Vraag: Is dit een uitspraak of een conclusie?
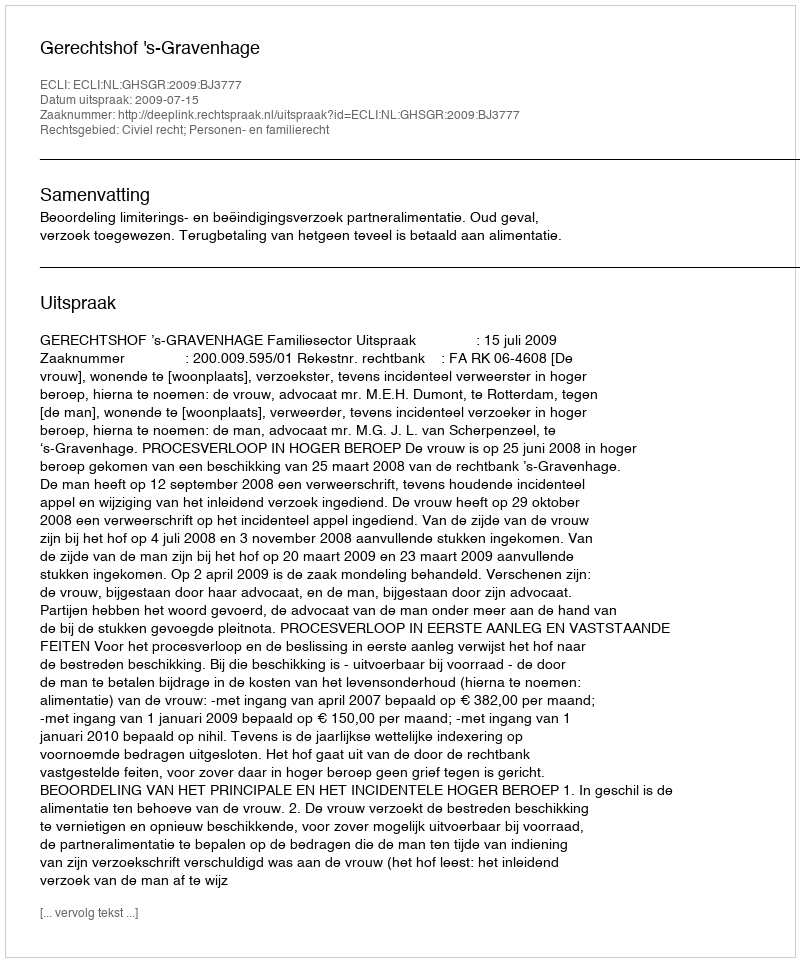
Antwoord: Uitspraak